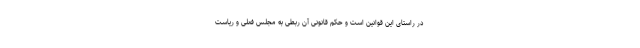
در راستای این قوانین است و حکم قانونی آن ربطی به مجلس فعلی و ریاست